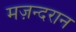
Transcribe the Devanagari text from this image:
मज़न्दरान